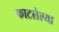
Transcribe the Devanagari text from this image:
फाटलेल्या